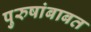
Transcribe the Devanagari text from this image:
पुरुषांबाबत